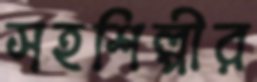
সহশিল্পীর